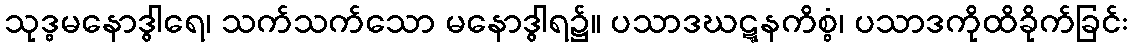
သုဒ္ဓမနောဒွါရေ၊ သက်သက်သော မနောဒွါရ၌။ ပသာဒဃဋ္ဋနကိစ္စံ၊ ပသာဒကိုထိခိုက်ခြင်း